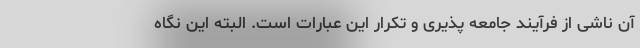
آن ناشی از فرآیند جامعه پذیری و تکرار این عبارات است. البته این نگاه